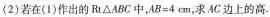
(2)若在(1)作出的Rt△ABC中，$$A B = 4 c m$$，求AC边上的高.